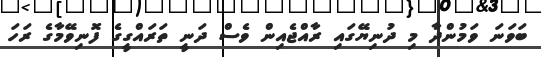
ބަވަނަ ވަމުންދާ މި ދުނިޔޭގައި ރާއްޖެއިން ވެސް ދަނީ ތަރައްގީގެ ފޮނިވޭމާގެ ރަހަ